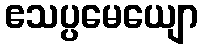
ဧသပ္ပမေယျော